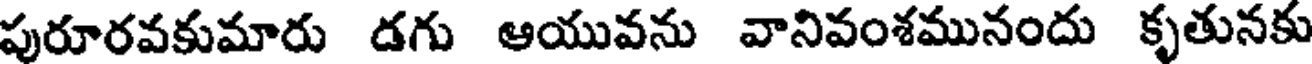
పురూరవకుమారు డగు ఆయువను వానివంశమునందు కృతునకు